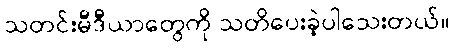
သတင်းမီဒီယာတွေကို သတိပေးခဲ့ပါသေးတယ်။